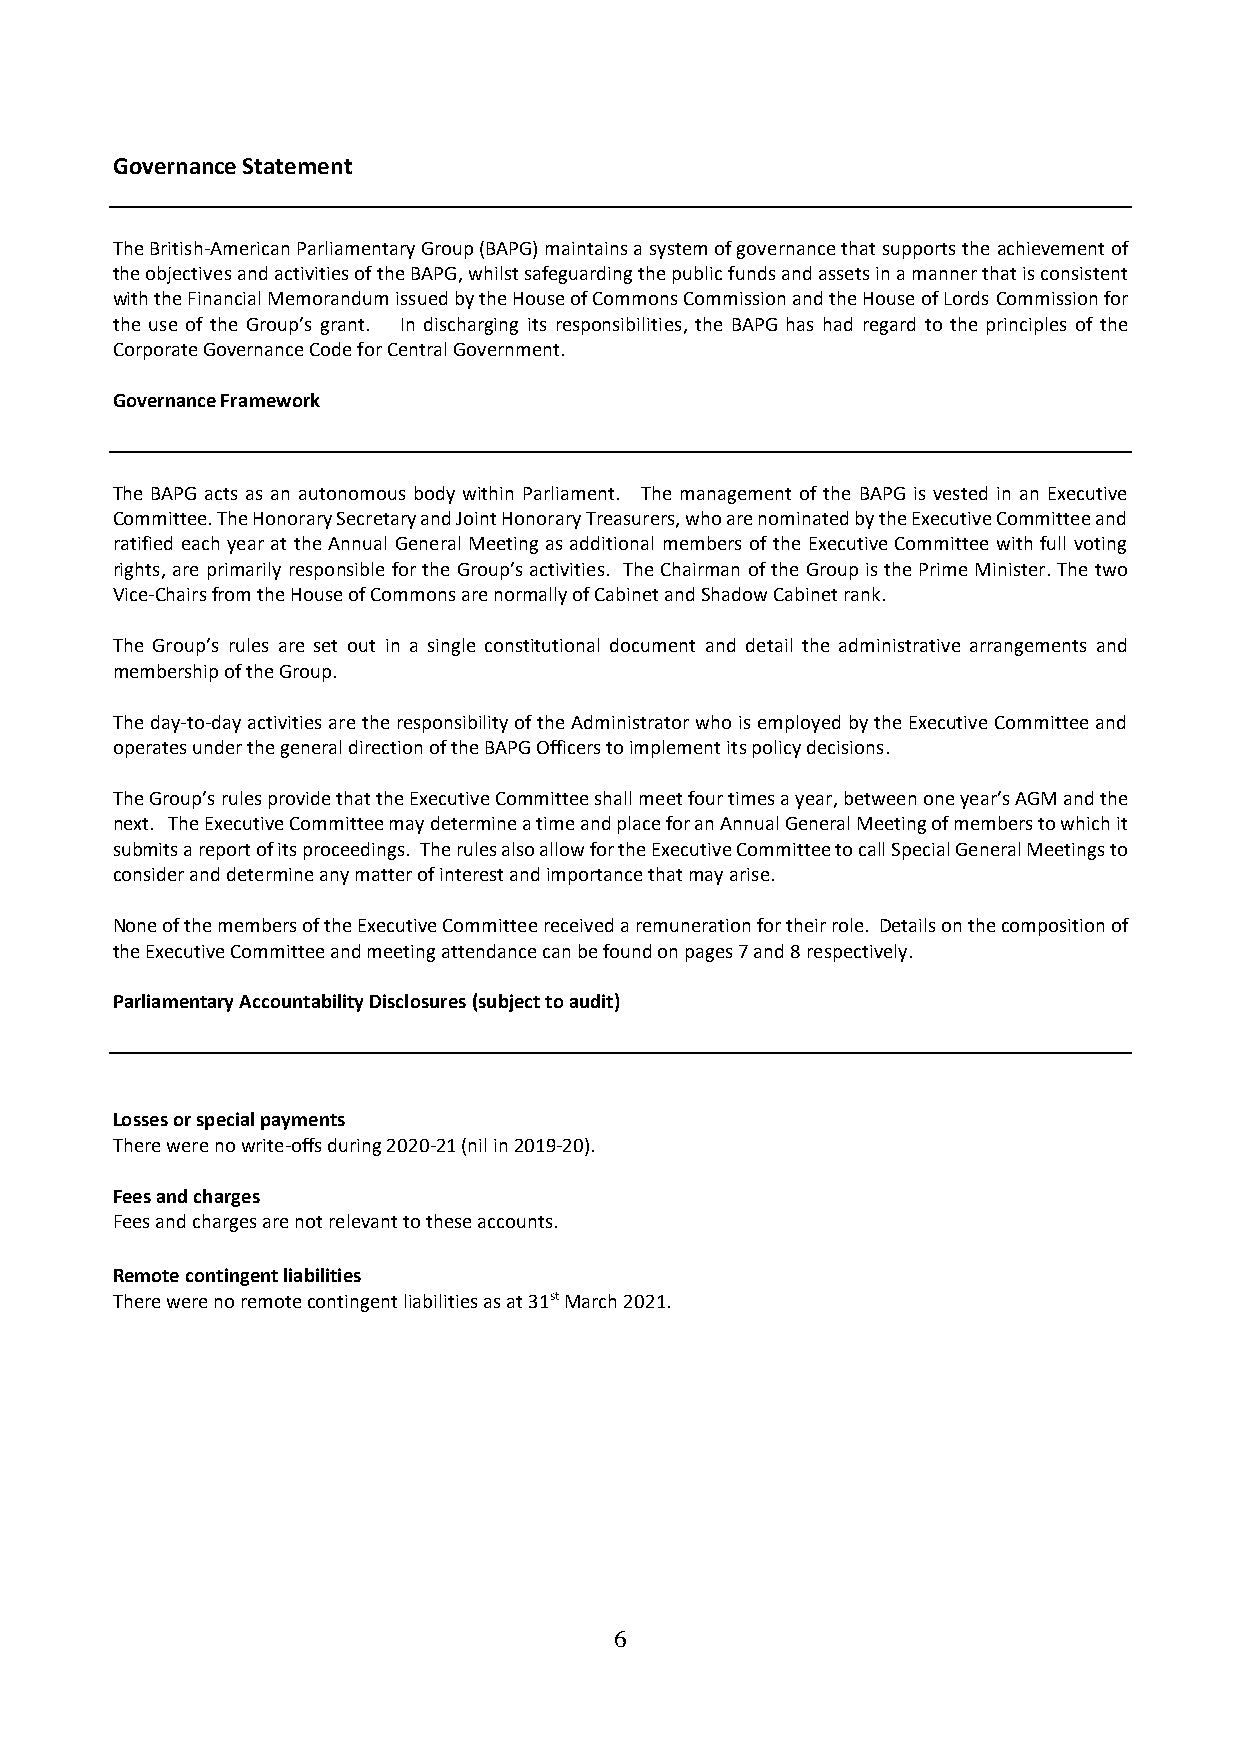
Governance Statement
 The British-American Parliamentary Group (BAPG) maintains a system of governance that supports the achievement of
 the objectives and activities of the BAPG, whilst safeguarding the public funds and assets in a manner that is consistent
 with the Financial Memorandum issued by the House of Commons Commission and the House of Lords Commission for
 the use of the Group’s grant. In discharging its responsibilities, the BAPG has had regard to the principles of the
 Corporate Governance Code for Central Government.
 Governance Framework
 The BAPG acts as an autonomous body within Parliament. The management of the BAPG is vested in an Executive
 Committee. The Honorary Secretary and Joint Honorary Treasurers, who are nominated by the Executive Committee and
 ratified each year at the Annual General Meeting as additional members of the Executive Committee with full voting
 rights, are primarily responsible for the Group’s activities. The Chairman of the Group is the Prime Minister. The two
 Vice-Chairs from the House of Commons are normally of Cabinet and Shadow Cabinet rank.
 The Group’s rules are set out in a single constitutional document and detail the administrative arrangements and
 membership of the Group.
 The day-to-day activities are the responsibility of the Administrator who is employed by the Executive Committee and
 operates under the general direction of the BAPG Officers to implement its policy decisions.
 The Group’s rules provide that the Executive Committee shall meet four times a year, between one year’s AGM and the
 next. The Executive Committee may determine a time and place for an Annual General Meeting of members to which it
 submits a report of its proceedings. The rules also allow for the Executive Committee to call Special General Meetings to
 consider and determine any matter of interest and importance that may arise.
 None of the members of the Executive Committee received a remuneration for their role. Details on the composition of
 the Executive Committee and meeting attendance can be found on pages 7 and 8 respectively.
 Parliamentary Accountability Disclosures (subject to audit)
 Losses or special payments
 There were no write-offs during 2020-21 (nil in 2019-20).
 Fees and charges
 Fees and charges are not relevant to these accounts.
 Remote contingent liabilities
 There were no remote contingent liabilities as at 31st March 2021.
 6